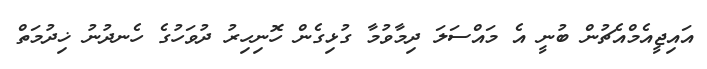
އައިޖީއެމްއެޗުން ބުނީ އެ މައްސަލަ ދިމާވުމާ ގުޅިގެން ހޮނިހިރު ދުވަހުގެ ހެނދުނު ޚިދުމަތް